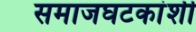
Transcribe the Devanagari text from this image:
समाजघटकांशी